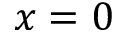
x = 0